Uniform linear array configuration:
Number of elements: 12
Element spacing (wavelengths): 1
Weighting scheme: hamming
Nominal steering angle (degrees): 15
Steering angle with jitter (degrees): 15.57
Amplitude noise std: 0.05
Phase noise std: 0.05

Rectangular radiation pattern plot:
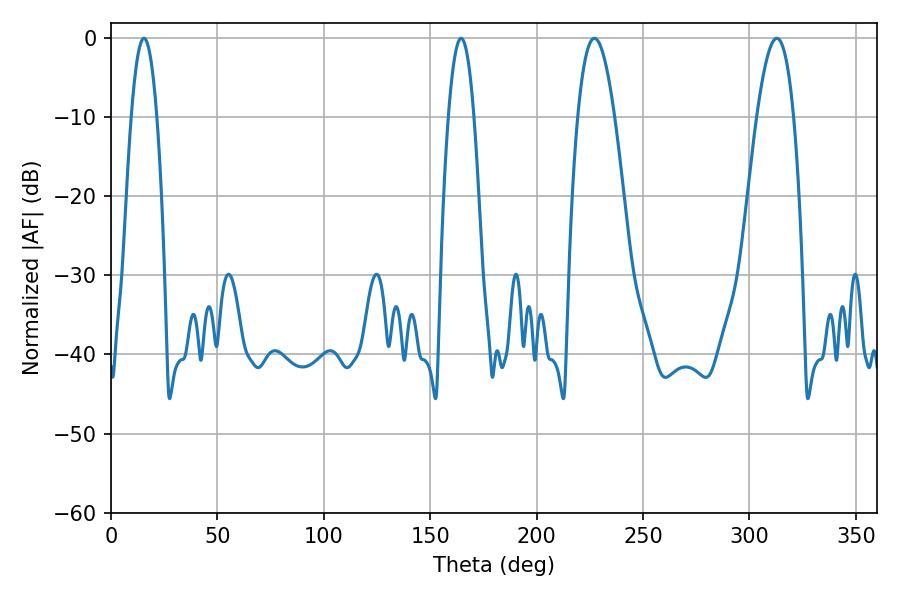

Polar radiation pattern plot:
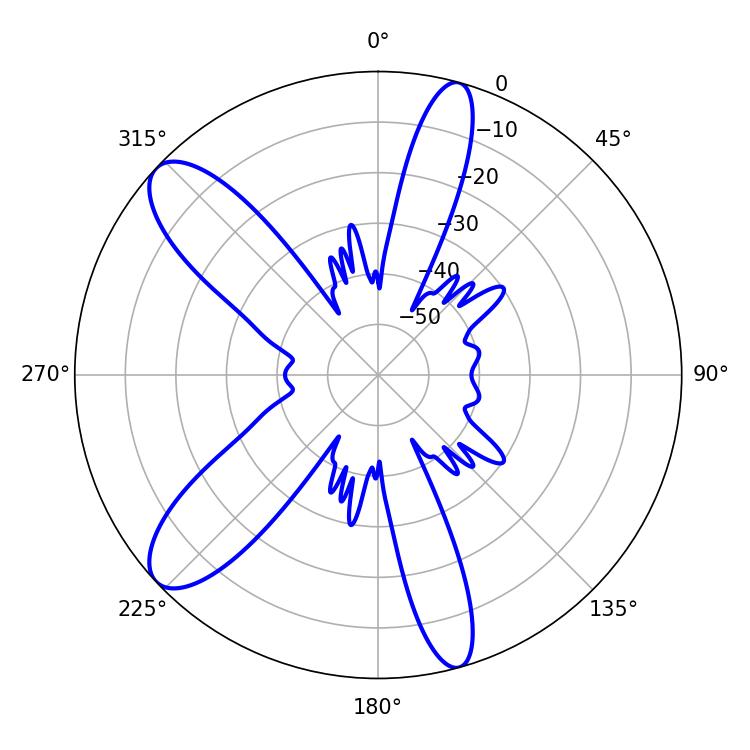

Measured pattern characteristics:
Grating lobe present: TRUE
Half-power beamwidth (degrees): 6.48
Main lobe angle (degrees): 15.48